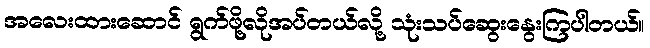
အလေးထားဆောင် ရွက်ဖို့လိုအပ်တယ်လို့ သုံးသပ်ဆွေးနွေးကြပါတယ်။